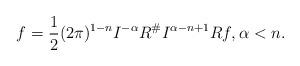
LaTeX: \begin{align*} f=\frac{1}{2}(2\pi)^{1-n}I^{-\alpha}R^\#I^{\alpha-n+1}Rf, \alpha < n.\end{align*}